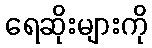
ရေဆိုးများကို